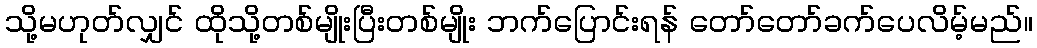
သို့မဟုတ်လျှင် ထိုသို့တစ်မျိုးပြီးတစ်မျိုး ဘက်ပြောင်းရန် တော်တော်ခက်ပေလိမ့်မည်။